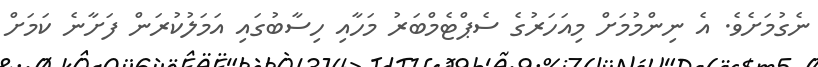
ނެގުމަށެވެ. އެ ނިންމުމަށް މިއަހަރުގެ ސެޕްޓެމްބަރު މަހާއި ހިސާބުގައި އަމަލުކުރަން ފަށާނެ ކަމަށް